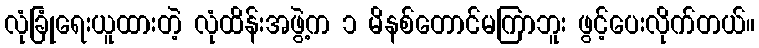
လုံခြုံရေးယူထားတဲ့ လုံထိန်းအဖွဲ့က ၁ မိနစ်တောင်မကြာဘူး ဖွင့်ပေးလိုက်တယ်။